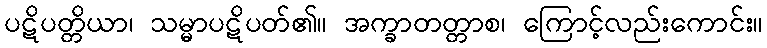
ပဋိပတ္တိယာ၊ သမ္မာပဋိပတ်၏။ အက္ခာတတ္တာစ၊ ကြောင့်လည်းကောင်း။